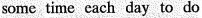
some time cach day to do